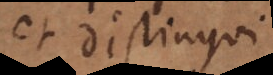
et distingui.)